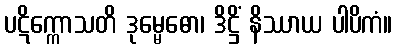
ပဋိက္ကောသတိ ဒုမ္မေဓော၊ ဒိဋ္ဌိံ နိဿာယ ပါပိကံ။